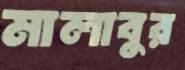
মালাবুর